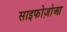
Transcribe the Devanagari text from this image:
साइफोज़ोआ